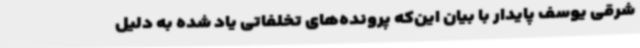
شرقی یوسف پایدار با بیان این‌که پرونده‌های تخلفاتی یاد شده به دلیل